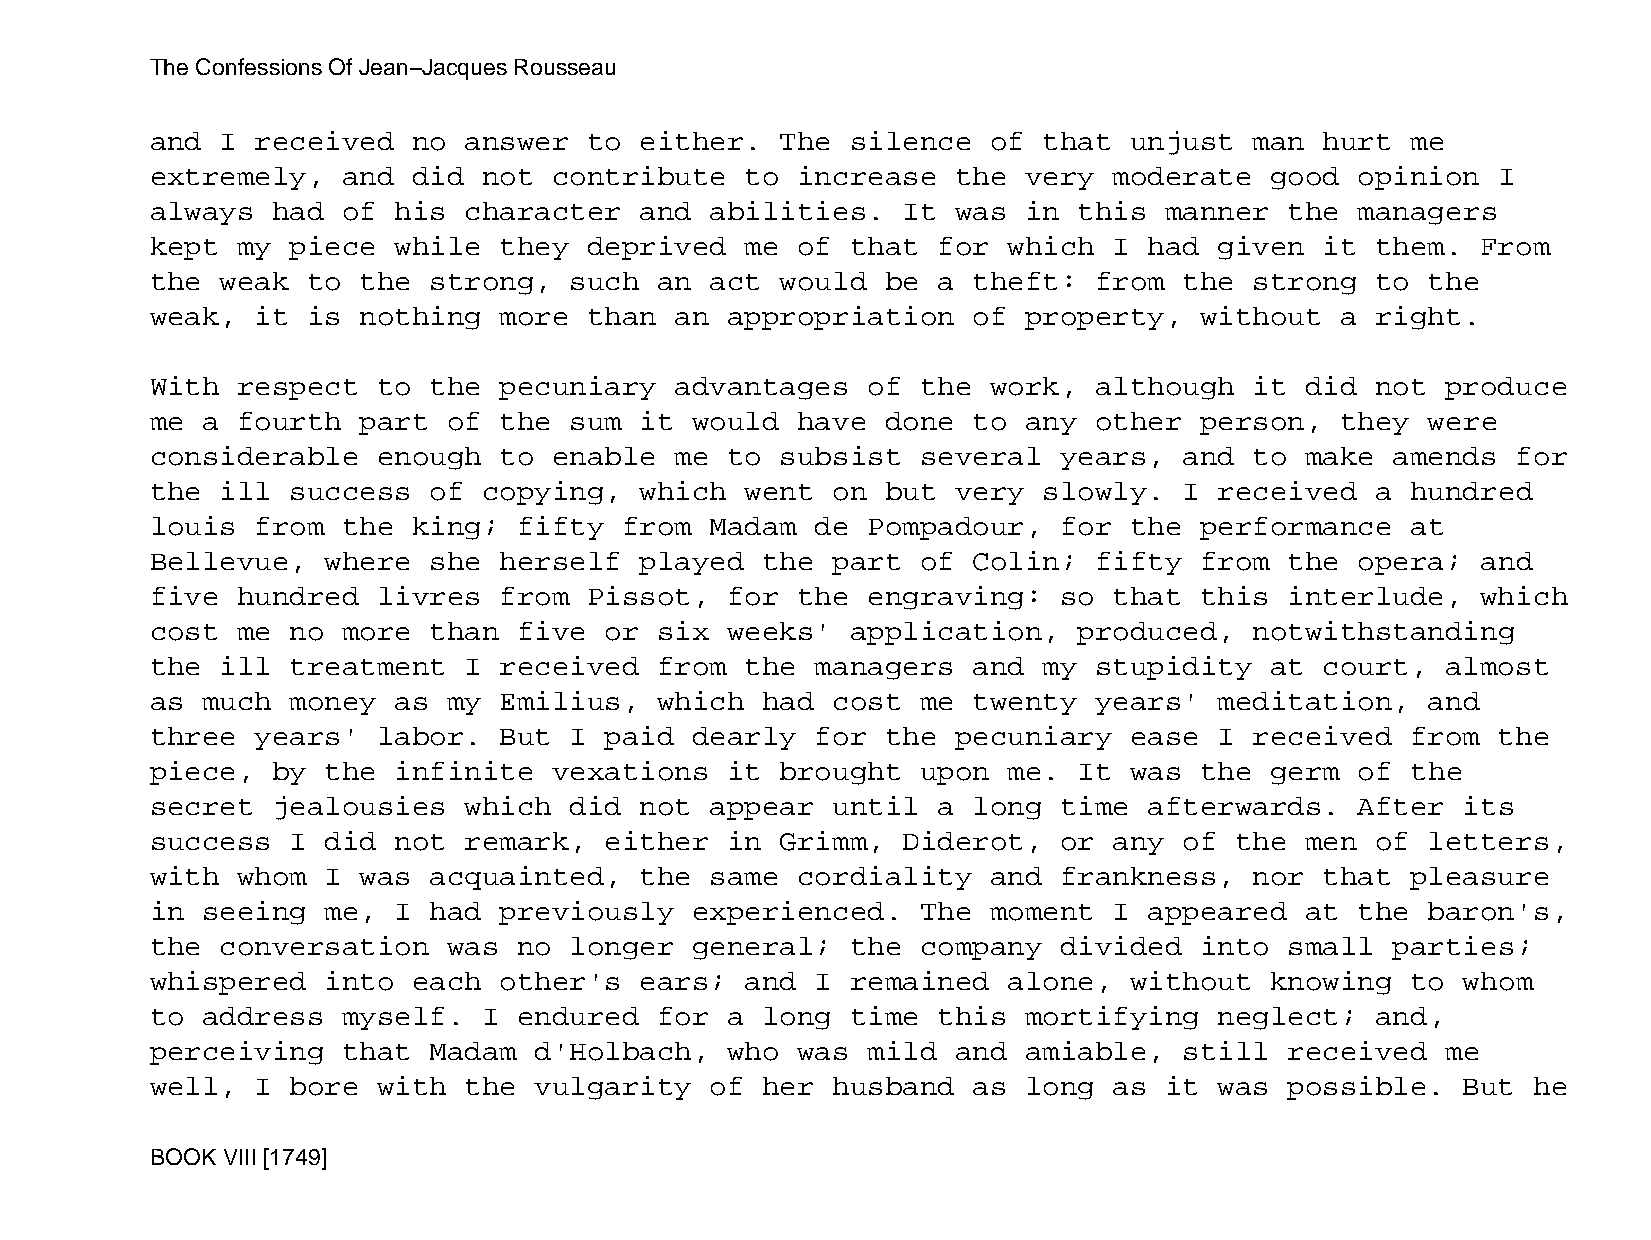
The Confessions Of Jean−Jacques Rousseau
 and  I received  no  answer  to either.   The silence   of that  unjust  man  hurt me
 extremely,   and did  not  contribute  to  increase  the  very  moderate  good  opinion  I
 always  had  of his  character  and  abilities.   It was  in this  manner  the  managers
 kept  my piece  while  they  deprived  me  of that  for  which  I had  given  it them.  From
 the  weak to  the strong,   such  an act  would  be a theft:  from  the  strong  to  the
 weak,  it is  nothing  more  than  an appropriation   of  property,  without   a right.
 With  respect  to the  pecuniary   advantages  of  the  work, although   it did  not  produce
 me a  fourth  part  of the  sum it  would  have  done to  any other  person,   they  were
 considerable   enough  to  enable  me to  subsist  several  years,  and  to make  amends  for
 the  ill success  of  copying,  which  went  on  but very  slowly.  I  received  a hundred
 louis  from  the king;  fifty  from  Madam  de Pompadour,   for  the performance   at
 Bellevue,   where she  herself  played  the  part  of Colin;  fifty  from  the  opera;  and
 five  hundred  livres  from  Pissot,  for  the engraving:   so  that this  interlude,   which
 cost  me no  more than  five  or  six weeks'  application,   produced,   notwithstanding
 the  ill treatment   I received   from the  managers  and  my stupidity   at  court,  almost
 as much  money  as  my Emilius,   which had  cost  me twenty  years'   meditation,   and
 three  years'  labor.  But  I paid  dearly  for  the pecuniary   ease  I received  from  the
 piece,  by  the infinite   vexations  it  brought  upon  me. It  was the  germ  of the
 secret  jealousies   which  did not  appear  until  a long  time  afterwards.   After  its
 success  I  did not  remark,  either  in  Grimm,  Diderot,  or  any of  the men  of  letters,
 with  whom  I was acquainted,   the  same  cordiality   and frankness,   nor  that pleasure
 in seeing   me, I had  previously   experienced.   The  moment  I appeared  at  the  baron's,
 the  conversation   was no  longer  general;  the  company  divided  into  small  parties;
 whispered   into each  other's  ears;  and  I remained   alone,  without  knowing  to  whom
 to address   myself.  I endured   for a long  time  this  mortifying   neglect;  and,
 perceiving   that Madam  d'Holbach,   who  was mild  and  amiable,  still  received   me
 well,  I bore  with  the vulgarity   of her  husband  as  long  as it  was possible.   But he
 BOOK VIII [1749]